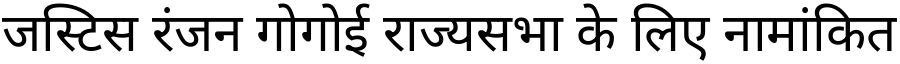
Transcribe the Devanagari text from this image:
जस्टिस रंजन गोगोई राज्यसभा के लिए नामांकित